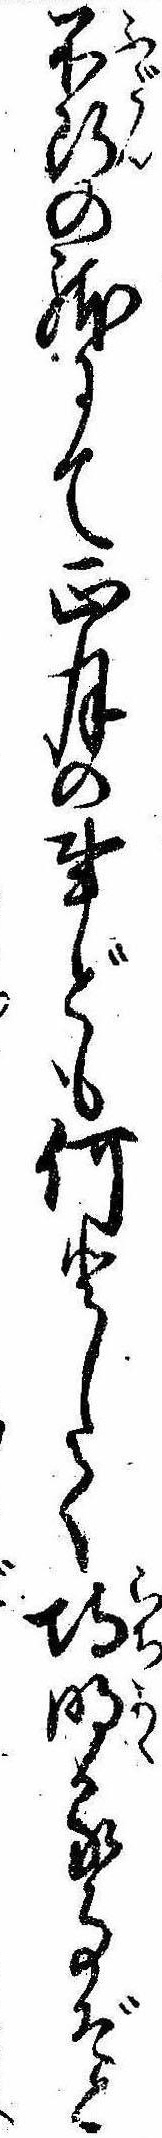
不断の体にて正月の事ども何として埒明る事ぞと